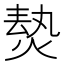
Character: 𱫡